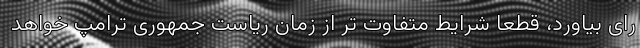
رای بیاورد، قطعا شرایط متفاوت تر از زمان ریاست جمهوری ترامپ خواهد